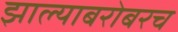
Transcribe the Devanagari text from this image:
झाल्याबरोबरच